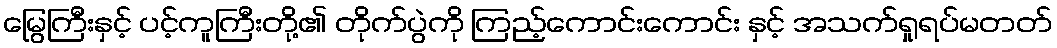
မြွေကြီးနှင့် ပင့်ကူကြီးတို့၏ တိုက်ပွဲကို ကြည့်ကောင်းကောင်း နှင့် အသက်ရှုရပ်မတတ်